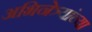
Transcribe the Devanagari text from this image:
अभिनेत्र्यांच्या